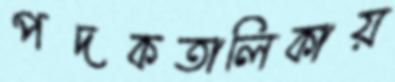
পদকতালিকায়